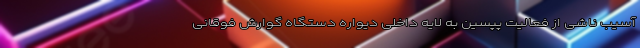
آسیب ناشی از فعالیت پپسین به لایه داخلی دیواره دستگاه گوارش فوقانی